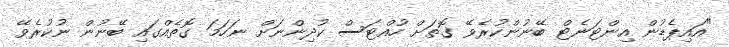
"އައިޕެޑުން އިންޓަނެޓް ބޭނުންކުރެވޭ ގޮތަށް ހުއްޓަސް ކުދިންނަށް ނަހަމަ ގޮތެއްގައި ބޭނުން ނުކުރެވޭ